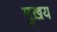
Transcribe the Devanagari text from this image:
मुख़य